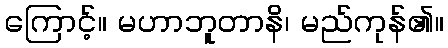
ကြောင့်။ မဟာဘူတာနိ၊ မည်ကုန်၏။